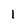
Character: 1